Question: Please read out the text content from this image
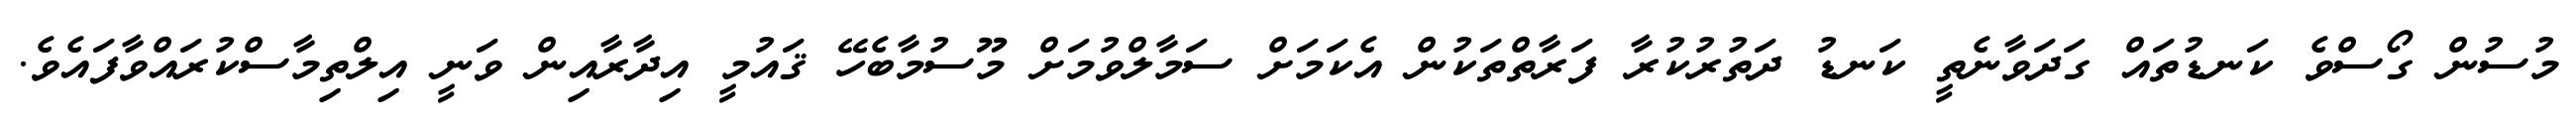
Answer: މުސުން ގޯސްވެ ކަނޑުތައް ގަދަވާނެތީ ކަނޑު ދަތުރުކުރާ ފަރާތްތަކުން އެކަމަށް ސަމާލްވުމަށް މޫސުމާބެހޭ ޤައުމީ އިދާރާއިން ވަނީ އިލްތިމާސްކުރައްވާފައެވެ.